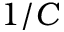
1 / C